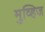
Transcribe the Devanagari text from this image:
मुव्हिज